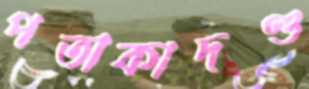
পতাকাদণ্ড